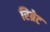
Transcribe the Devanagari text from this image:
रिग्रेट